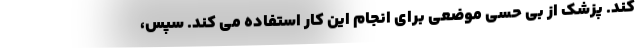
کند. پزشک از بی حسی موضعی برای انجام این کار استفاده می کند. سپس،